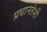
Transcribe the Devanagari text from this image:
प्रधानतेशी